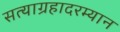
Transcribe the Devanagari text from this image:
सत्याग्रहादरम्यान